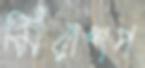
মিরাশপ